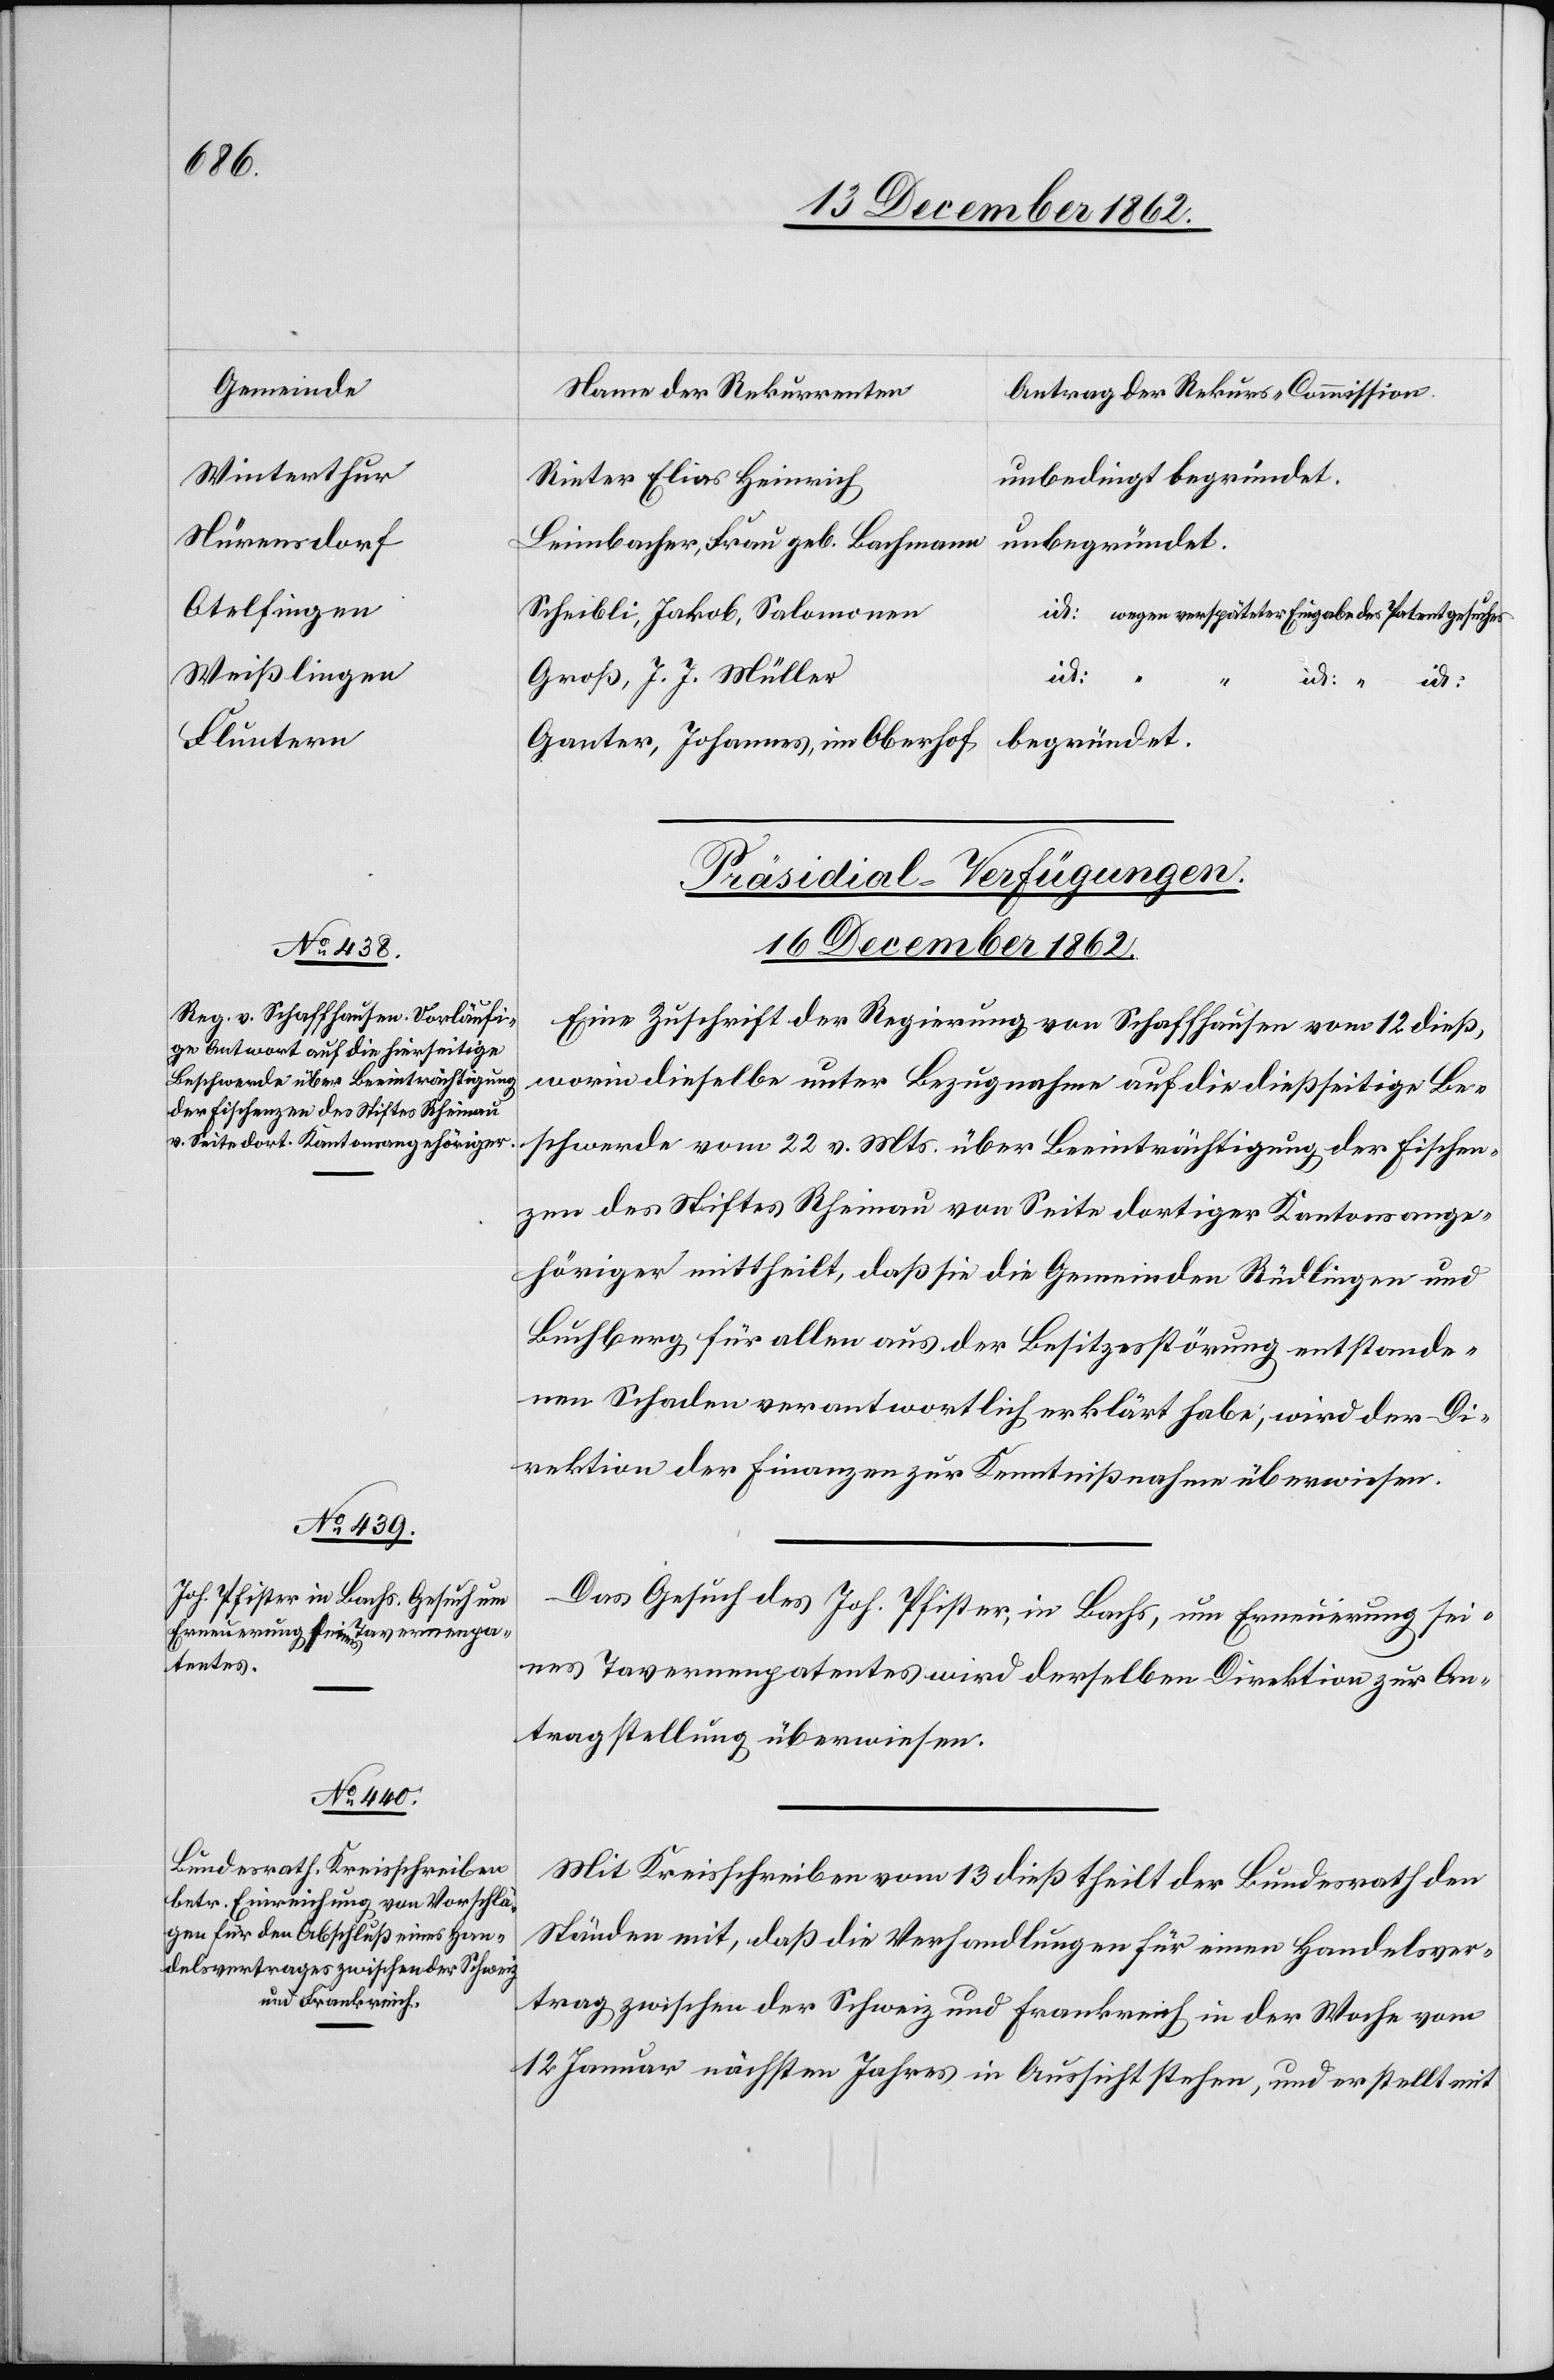
Winterthur
Nürensdorf
Otelfingen
Weißlingen
Fluntern

unbedingt begründet.
Rieter Elias Heinrich
unbegründet.
Leimbacher, Frau geb. Bachmann
Scheibli, Jakob, Salomonen
id. wegen verspäteter Eingabe des Patentgesuches
id.
Groß, J. J. Müller
begründet.
Ganter, Johannes, im Oberhof
[Präsidial-Verfügungen.
16. December 1862.]
Eine Zuschrift der Regierung von Schaffhausen vom 12. dieß,
worin dieselbe unter Bezugnahme auf die dießseitige Be¬
schwerde vom 22. v. Mts. über Beeinträchtigung der Fischen¬
zen des Stiftes Rheinau von Seite dortiger Kantonsange¬
höriger mittheilt, daß sie die Gemeinden Rüdlingen und
Buchberg für allen aus der Besitzesstörung entstande¬
nen Schaden verantwortlich erklärt habe, wird der Di¬
rektion der Finanzen zur Kenntnißnahme überwiesen.
Das Gesuch des Joh. Pfister, in Bachs, um Erneuerung sei¬
nes Tavernenpatentes wird derselben Direktion zur An¬
tragstellung überwiesen.
Mit Kreisschreiben vom 13. dieß theilt der Bundesrath den
Ständen mit, daß die Verhandlungen für einen Handelsver¬
trag zwischen der Schweiz und Frankreich in der Woche vom
12. Januar nächsten Jahres in Aussicht stehen, und er stellt mit